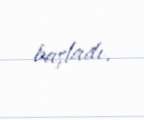
başladı.